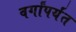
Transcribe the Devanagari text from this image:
वर्गांपर्यंत